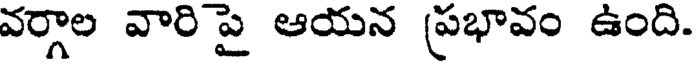
వర్గాల వారి పై ఆయన ప్రభావం ఉంది.